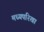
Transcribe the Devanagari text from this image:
मध्यपरिखा